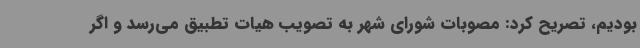
بودیم، تصریح کرد: مصوبات شورای شهر به تصویب هیات تطبیق می‌رسد و اگر